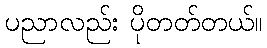
ပညာလည်း ပိုတတ်တယ်။